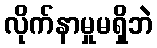
လိုက်နာမှုမရှိဘဲ